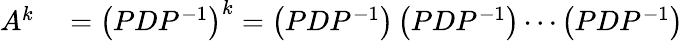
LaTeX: \begin{array}{rl}{A^{k}}&{{}=\left(PDP^{-1}\right)^{k}=\left(PDP^{-1}\right)\left(PDP^{-1}\right)\cdots\left(PDP^{-1}\right)}\end{array}